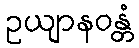
ဥယျာနဝန္တံ